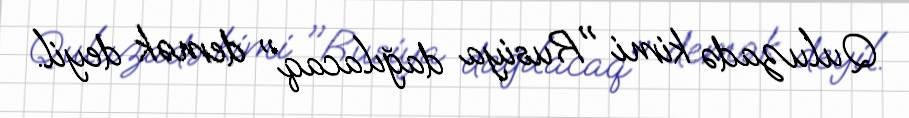
Quluzadə kimi "Rusiya dağılacaq" demək deyil.